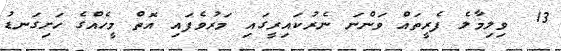
13  ވިލިމާލެ ފެރީތައް ވަންނަ ނެރުކައިރީގައި މަރުވެފައި އޮތް މީހެއްގެ ހަށިގަނޑު